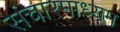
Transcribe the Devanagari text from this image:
संचारमाध्यम